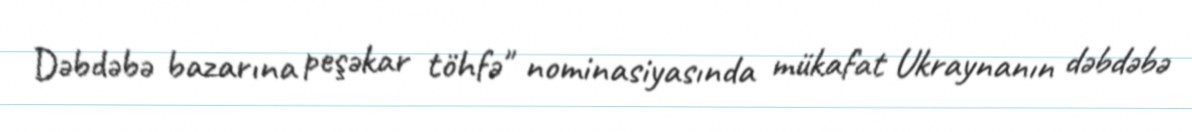
Dəbdəbə bazarına peşəkar töhfə" nominasiyasında mükafat Ukraynanın dəbdəbə